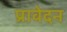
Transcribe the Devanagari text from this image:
प्रावेदन